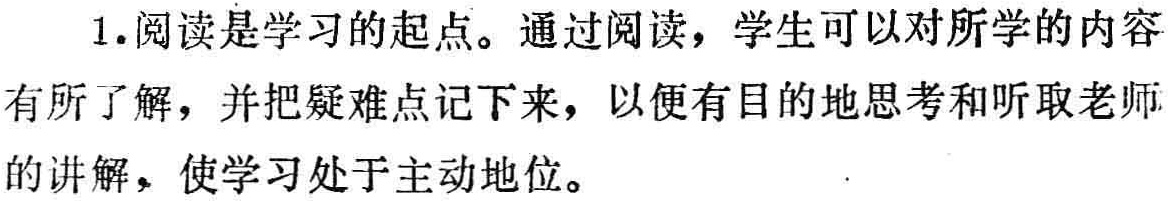
1. 阅读是学习的起点。通过阅读，学生可以对所学的内容有所了解，并把疑难点记下来，以便有目的地思考和听取老师的讲解，使学习处于主动地位。